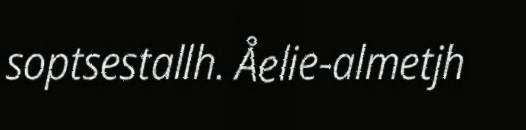
soptsestallh. Åelie-almetjh